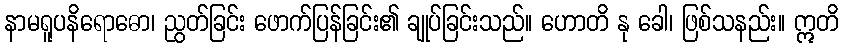
နာမရူပနိရောဓော၊ ညွတ်ခြင်း ဖောက်ပြန်ခြင်း၏ ချုပ်ခြင်းသည်။ ဟောတိ နု ခေါ၊ ဖြစ်သနည်း။ ဣတိ